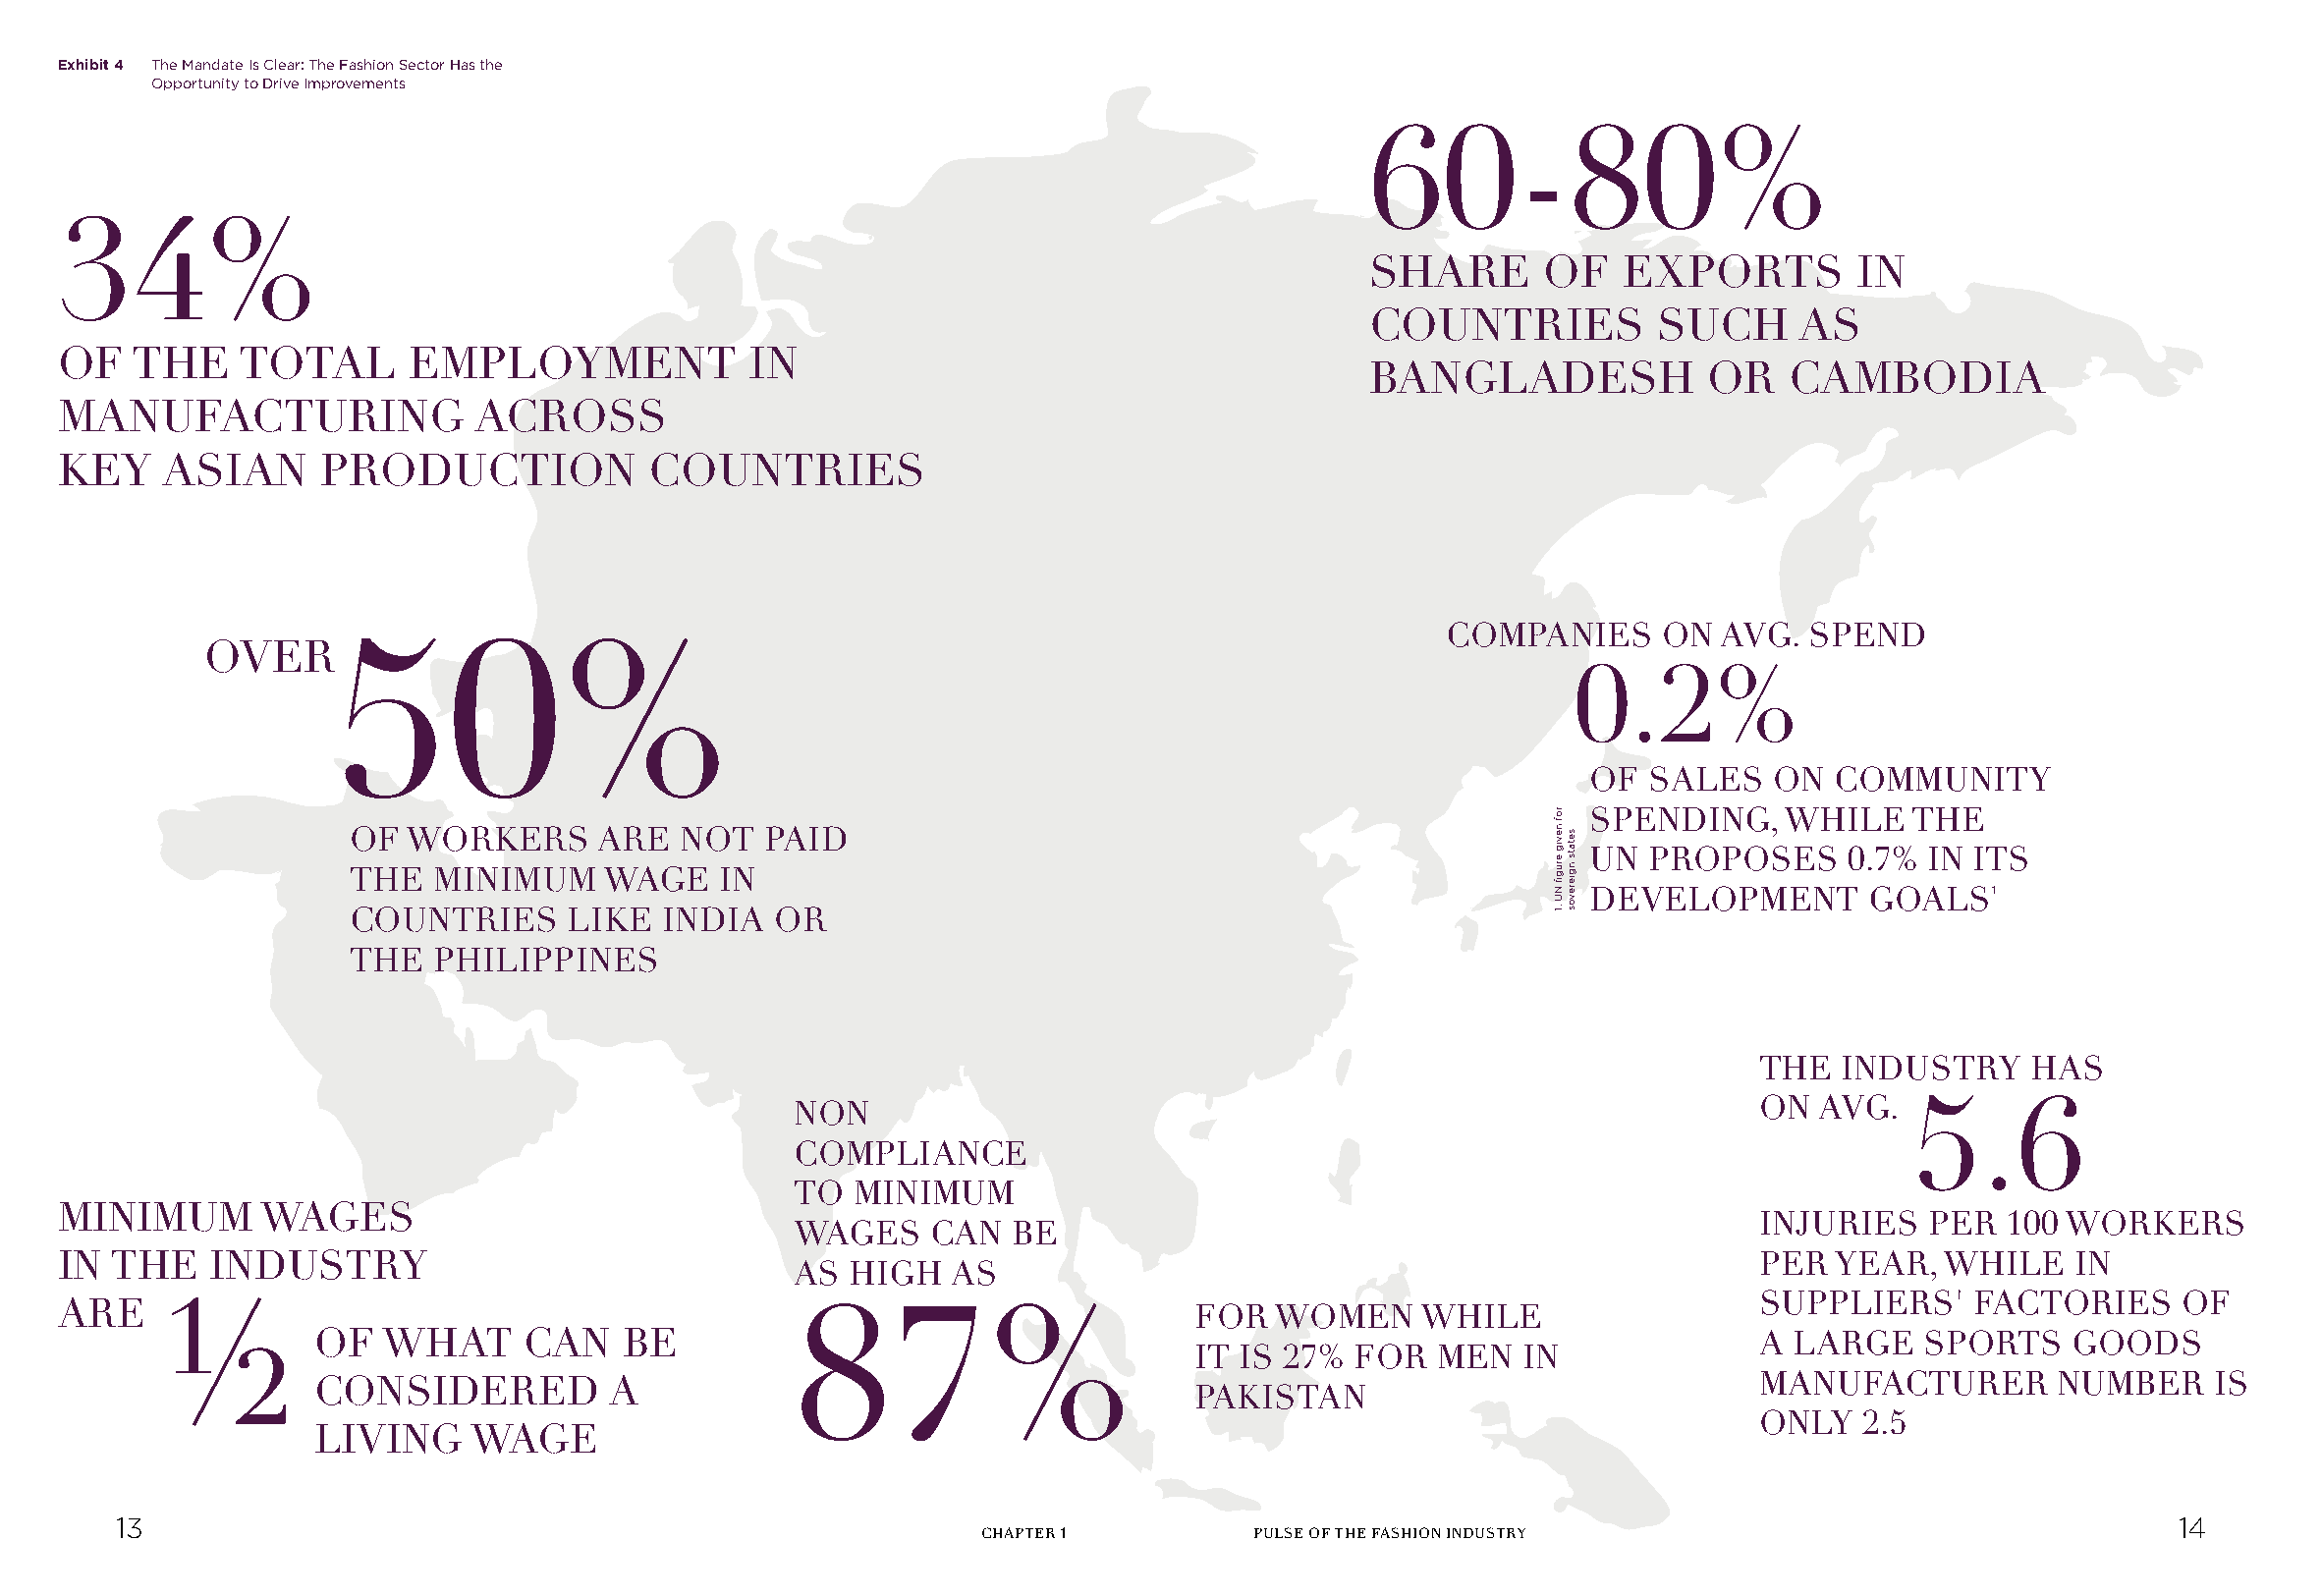
Exhibit 4 The Mandate Is Clear: The Fashion Sector Has the
 Opportunity to Drive Improvements
 60-80%
 34%
 SHARE       OF   EXPORTS         IN
 COUNTRIES           SUCH     AS
 OF   THE    TOTAL       EMPLOYMENT             IN
 BANGLADESH             OR    CAMBODIA
 MANUFACTURING               ACROSS
 KEY    ASIAN      PRODUCTION            COUNTRIES
 COMPANIES      ON  AVG.  SPEND
 OVER50%
 0.2%
 OF  SALES   ON   COMMUNITY
 SPENDING,    WHILE    THE
 OF WORKERS      ARE   NOT  PAID
 UN  PROPOSES     0.7%  IN ITS
 THE  MINIMUM     WAGE   IN
 DEVELOPMENT        GOALS¹
 COUNTRIES     LIKE   INDIA  OR
 THE  PHILIPPINES
 THE  INDUSTRY     HAS
 NON                                                               ON  AVG.  5.6
 COMPLIANCE
 TO  MINIMUM
 MINIMUM       WAGES
 INJURIES   PER  100 WORKERS
 WAGES     CAN  BE
 IN THE    INDUSTRY                                                                                                 PER  YEAR,  WHILE    IN
 AS  HIGH   AS
 SUPPLIERS'    FACTORIES     OF
 ARE    ½                                          87%                       FOR   WOMEN     WHILE
 OF   WHAT     CAN    BE                                                                           A LARGE    SPORTS    GOODS
 IT  IS 27% FOR   MEN   IN
 CONSIDERED          A                                                                             MANUFACTURER        NUMBER    IS
 PAKISTAN
 ONLY   2.5
 LIVING     WAGE
 13                                                                                                                                         14
 CHAPTER 1         PULSE OF THE FASHION INDUSTRY
 rof
 nevig
 erugfi
 NU
 .1
 setats
 ngierevos